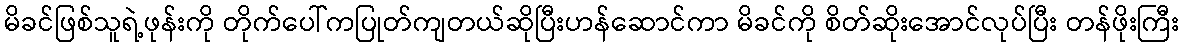
မိခင်ဖြစ်သူရဲ့ဖုန်းကို တိုက်ပေါ်ကပြုတ်ကျတယ်ဆိုပြီးဟန်ဆောင်ကာ မိခင်ကို စိတ်ဆိုးအောင်လုပ်ပြီး တန်ဖိုးကြီး